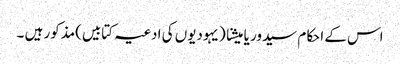
اس کے احکام سیدور یا میشنا (یہودیوں کی ادعیہ کتابیں)مذکور ہیں ۔